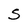
Character: S